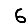
Digit: 6